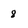
Character: 8